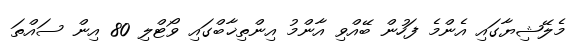
މެލޭޝިޔާގައި އެންމެ ފަހުން ބޭއްވި އާންމު އިންތިޚާބްގައި ވޯޓްލި 80 އިން ސައްތަ